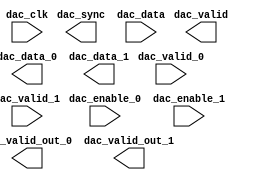
module ad9144_upack (
		input  wire         dac_clk,         //   if_dac_clk.clk
		output wire         dac_valid,       // if_dac_valid.valid
		output wire         dac_sync,        //  if_dac_sync.sync
		input  wire [127:0] dac_data,        //  if_dac_data.data
		input  wire         dac_enable_0,    //     dac_ch_0.enable
		input  wire         dac_valid_0,     //             .valid
		output wire         dac_valid_out_0, //             .data_valid
		output wire [63:0]  dac_data_0,      //             .data
		input  wire         dac_enable_1,    //     dac_ch_1.enable
		input  wire         dac_valid_1,     //             .valid
		output wire         dac_valid_out_1, //             .data_valid
		output wire [63:0]  dac_data_1       //             .data
	);
endmodule